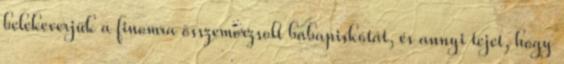
belekeverjük a finomra összemorzsolt babapiskótát, és annyi tejet, hogy